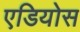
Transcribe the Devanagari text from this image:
एडियोस